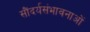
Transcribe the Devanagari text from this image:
सौंदर्यसंभावनाओं